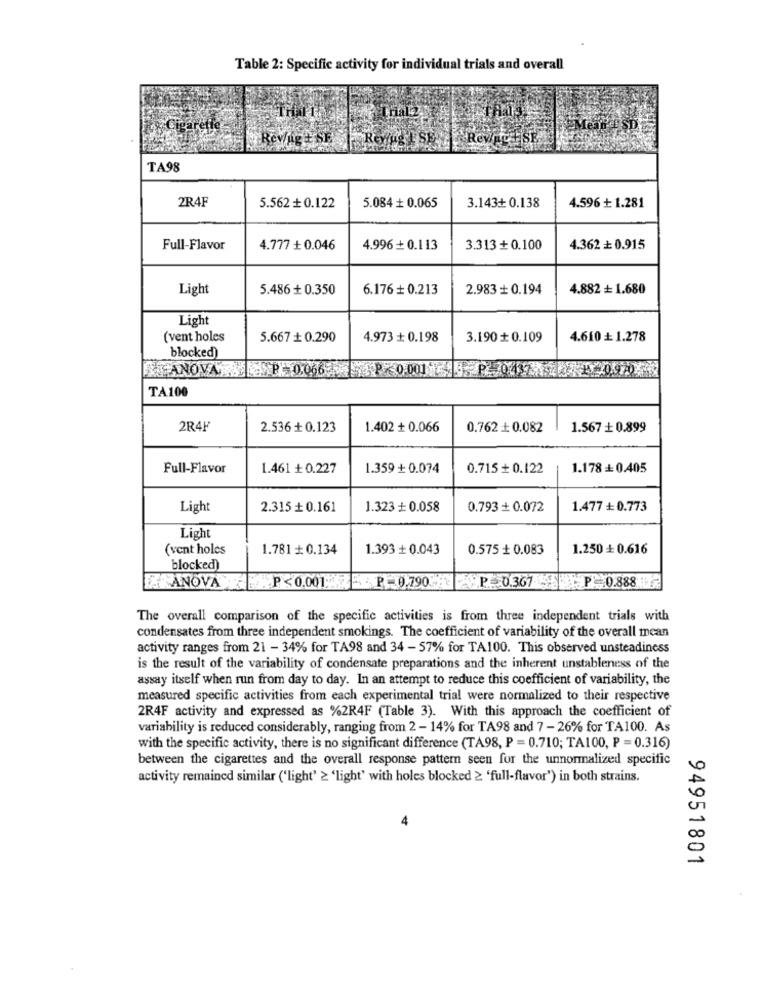
Table 2: Specific activity for individual trials and overall
& Cigarette-
Revlag # SE
TA98
2R4F
3.143+ 0.138
4.596 + 1.281
5.562 + 0.122
5.084 + 0.065
Full-Flavor
4.777 + 0.046
4.996 + 0.113
3.313 + 0.100
4.362 + 0.915
Light
5.486 + 0.350
6.176 + 0.213
2.983 + 0.194
4.882 + 1.680
Light
(vent holes
5.667 + 0.290
4.973 + 0.198
3.190 + 0.109
4.610 ₺ 1.278
blocked)
FANOVAP.0.066P 0.001 P 0437 1 0470
TA100
2R4F
2.536 + 0.123
1.402 + 0.066
0.762 + 0.082
1.567 + 0.899
Full-Flavor
1.461 +0.227
1.359 + 0.074
0.715 + 0.122
1.178 + 0.405
Light
2.315 + 0.161
1.323 + 0.058
0.793 + 0.072
1.477 + 0.773
Light
(vent holes
1.781 # 0.134
1.393 + 0.043
0.575 + 0.083
1.250 + 0.616
blocked)
ANOVA P<0.001P-0.790 P. 0.367 P=0.888
The overall comparison of the specific activities is from three independent trials with
condensates from three independent smokings. The coefficient of variability of the overall mean
activity ranges from 21 - 34% for TA98 and 34 - 57% for TA100. This observed unsteadiness
is the result of the variability of condensate preparations and the inherent unstableness of the
assay itself when run from day to day. In an attempt to reduce this coefficient of variability, the
measured specific activities from each experimental trial were normalized to their respective
2R4F activity and expressed as %2R4F (Table 3). With this approach the coefficient of
variability is reduced considerably, ranging from 2 - 14% for TA98 and 7 -26% for TA100. As
with the specific activity, there is no significant difference (TA98, P = 0.710; TA100, P = 0.316)
between the cigarettes and the overall response pattern seen for the unnormalized specific
activity remained similar ('light' 2 'light' with holes blocked 2 'full-flavor") in both strains.
94951801